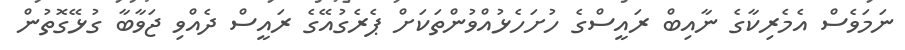
ނަމަވެސް އެމެރިކާގެ ނާއިބް ރައީސްގެ ހުށަހެޅުއްވުންތަކަށް ޕެރެގުއޭގެ ރައީސް ދެއްވި ޖަވާބާ ގުޅޭގޮތުން